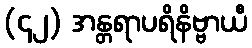
(၄၂) အန္တရာပရိနိဗ္ဗာယီ